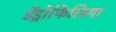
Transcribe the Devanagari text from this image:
डेंड्रोफिलिया